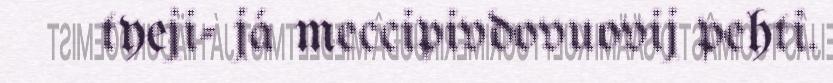
tyeji- já meccipivdovuovij pehti.